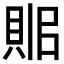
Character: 𧵫